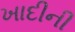
ખાદીની